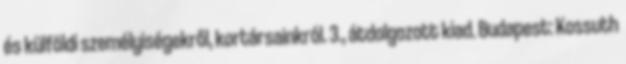
és külföldi személyiségekről, kortársainkról. 3., átdolgozott kiad. Budapest: Kossuth